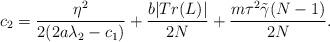
LaTeX: \begin{align*}c_2=\frac{\eta^2}{2(2a\lambda_2-c_1)}+\frac{b | Tr(L) |}{2N}+\frac{m\tau^2\tilde{\gamma}(N-1)}{2N}.\end{align*}